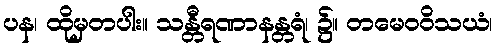
ပန၊ ထိုမှတပါး။ သန္တီရဏာနန္တရံ၊ ၌။ တမေဝဝိသယံ၊